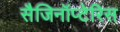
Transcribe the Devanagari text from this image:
सैजिनॉप्टेरिस